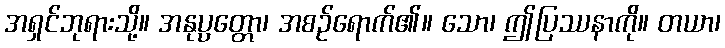
အရှင်ဘုရားသို့။ အနုပ္ပတ္တော၊ အစဉ်ရောက်၏။ သော၊ ဤပြဿနာကို။ တယာ၊